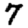
Digit: 7